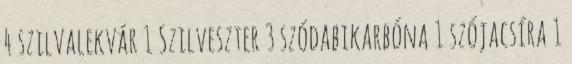
4 szilvalekvár 1 Szilveszter 3 szódabikarbóna 1 szójacsíra 1